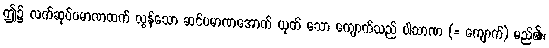
ဤ၌ လက်ဆုပ်ပမာဏထက် လွန်သော ဆင်ပမာဏအောက် ယုတ် သော ကျောက်သည် ပါသာဏ (= ကျောက်) မည်၏၊